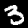
Label: 3